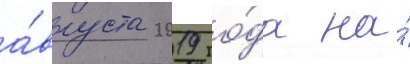
а́вгуста 2019 го́да на́